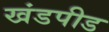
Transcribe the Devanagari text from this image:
खंडपीड